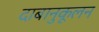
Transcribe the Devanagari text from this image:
दाबानुकूलन